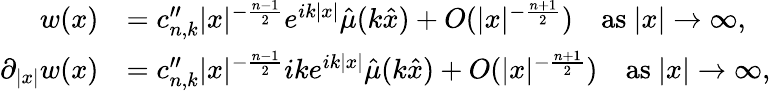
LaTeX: \begin{array}{rl}{w(x)}&{=c_{n,k}^{\prime\prime}|x|^{-\frac{n-1}{2}}e^{ik|x|}\hat{\mu}(k\hat{x})+O(|x|^{-\frac{n+1}{2}})\quad\mathrm{as~}|x|\rightarrow\infty,}\\ {\partial_{|x|}w(x)}&{=c_{n,k}^{\prime\prime}|x|^{-\frac{n-1}{2}}ike^{ik|x|}\hat{\mu}(k\hat{x})+O(|x|^{-\frac{n+1}{2}})\quad\mathrm{as~}|x|\rightarrow\infty,}\end{array}